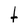
Character: t